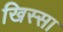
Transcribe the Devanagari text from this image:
खिस्‍सा